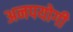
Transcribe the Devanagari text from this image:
अनपयोगी